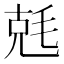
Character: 兞